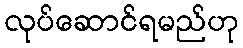
လုပ်ဆောင်ရမည်ဟု